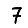
Digit: 7